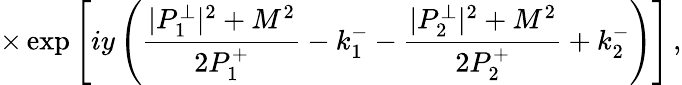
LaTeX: \times\exp\left[iy\left(\frac{|P_{1}^{\perp}|^{2}+M^{2}}{2P_{1}^{+}}-k_{1}^{-}-\frac{|P_{2}^{\perp}|^{2}+M^{2}}{2P_{2}^{+}}+k_{2}^{-}\right)\right]\, ,